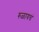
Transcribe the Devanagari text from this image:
रुळायचं